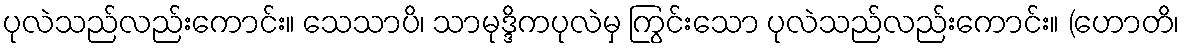
ပုလဲသည်လည်းကောင်း။ သေသာပိ၊ သာမုဒ္ဒိကပုလဲမှ ကြွင်းသော ပုလဲသည်လည်းကောင်း။ (ဟောတိ၊